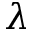
\lambda